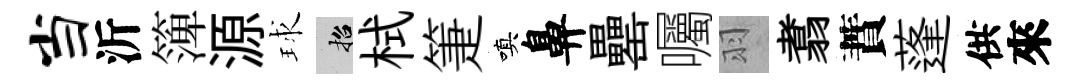
当沂𥱼源球招栻箑嗔鼻罍囑羽翥蕡蓬供來